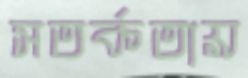
সতর্কতায়